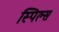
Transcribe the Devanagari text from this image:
स्पिल्स